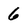
Character: 6